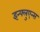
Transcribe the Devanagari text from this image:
इन्फ्लुएन्स